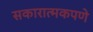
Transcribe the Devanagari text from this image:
सकारात्मकपणे